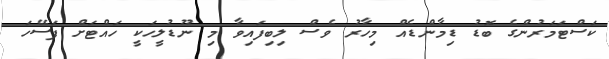
ކަސްޓަމަރުންގެ ބޮޑު ޑިމާންޑެއް މިހާރު ވެސް ލިބިފައިވާ މި ނޫޑުލީހަކީ ހައްޓަށް ފަސޭހަ